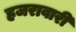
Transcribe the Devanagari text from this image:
हजरावारी